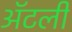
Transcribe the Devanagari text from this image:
अॅटली